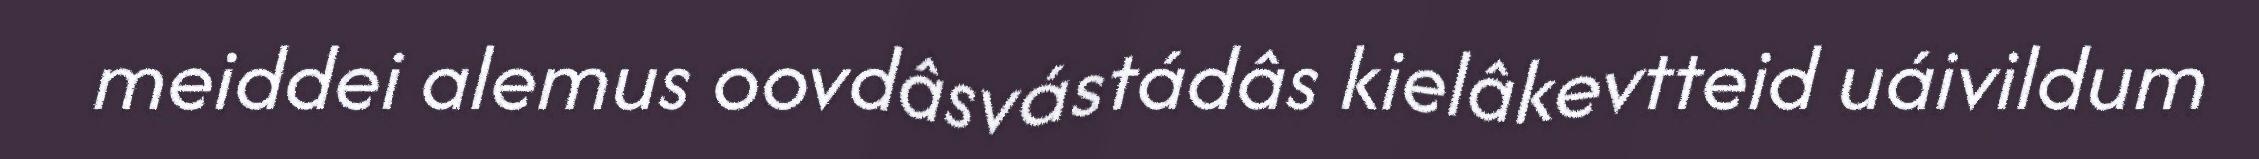
meiddei alemus oovdâsvástádâs kielâkevtteid uáivildum